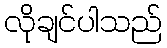
လိုချင်ပါသည်